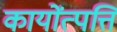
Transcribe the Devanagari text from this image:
कायोंत्पत्ति